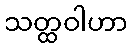
သတ္ထဝါဟာ